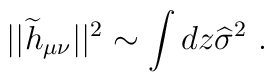
||{\widetilde h}_{\mu\nu}||^2\sim\int dz {\widehat \sigma}^2~.